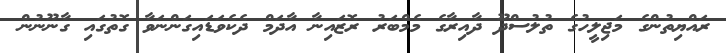
ރައްޔިތުންގެ މަޖިލީހުގެ ތުލުސްދޫ ދާއިރާގެ މެމްބަރު ރޮޒައިނާ އާދަމް ދެކެވަޑައިގަންނަވާ ގޮތުގައި ގާނޫނުން